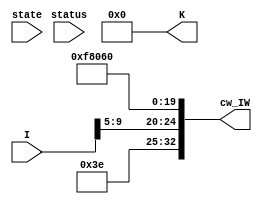
module BR_decoder(I, state, status, cw_IW, K);

    input [31:0] I;
    input [1:0] state;
    input [4:0] status;

    wire [10:0] op;
    wire [4:0] Rm;
    wire [5:0] shamt;
    wire [4:0] Rn;
    wire [4:0] Rd;

    assign {op, Rm, shamt, Rn, Rd} = I;

    // Control Word includes:
    // [1] Databus ALU Enable
    // [1] ALU B Select
    // [5] ALU Function Select
    // [1] Databus Register File B Enable
    // [5] Register File Select A
    // [5] Register File Select B
    // [5] Register File Write Address
    // [1] Register File Write
    // [1] Databus RAM Enable
    // [1] RAM Write
    // [1] Databus Program Counter Enable
    // [2] Program Counter Function Select
    // [1] Program Counter Input Select
    // [1] Status Load
    // [2] next_state
    // 33 in total
    output [32:0] cw_IW;
    output [63:0] K;
    assign K = 64'b0;

    wire alu_en = 1'b0; // ALU is disabled
    wire alu_bs = 1'b0; // B is selected for input to ALU

    // ALU FS[4:2]
    //   000   001   010   011   100   101  110 111
    // { and   or    add   xor   left right  0   0 }
    // ALU FS[1] ~b
    // ALU FS[0] ~a
    wire [4:0] alu_fs = 5'b111_11; // ALU is zero to be safe

    wire rf_b_en = 1'b0; // B should not be enabled on data bus
    wire [4:0] rf_sa = Rn; // A register address is Rn
    wire [4:0] rf_sb = 5'd31; // B register address don't care
    wire [4:0] rf_da = 5'b0;
    wire rf_w = 1'b0;
    wire ram_en = 1'b0; // disable ram
    wire ram_w = 1'b0;
    wire pc_en = 1'b1;
    wire [1:0] pc_fs = 2'b10; // PC+pc_in+4
    wire pc_is = 1'b0; // pc_is is enabled
    wire status_ld = 1'b0; // disable status load
    wire [1:0] next_state = 2'b00;

    assign cw_IW = {alu_en, alu_bs, alu_fs, rf_b_en, rf_sa, rf_sb, rf_da, rf_w, ram_en, ram_w, pc_en, pc_fs, pc_is, status_ld, next_state};

endmodule